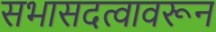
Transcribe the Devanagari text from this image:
सभासदत्वावरून